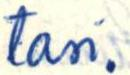
tasi.